Lunatic asylums Madras 1892-1911 - 1892-1911
Year: 1892
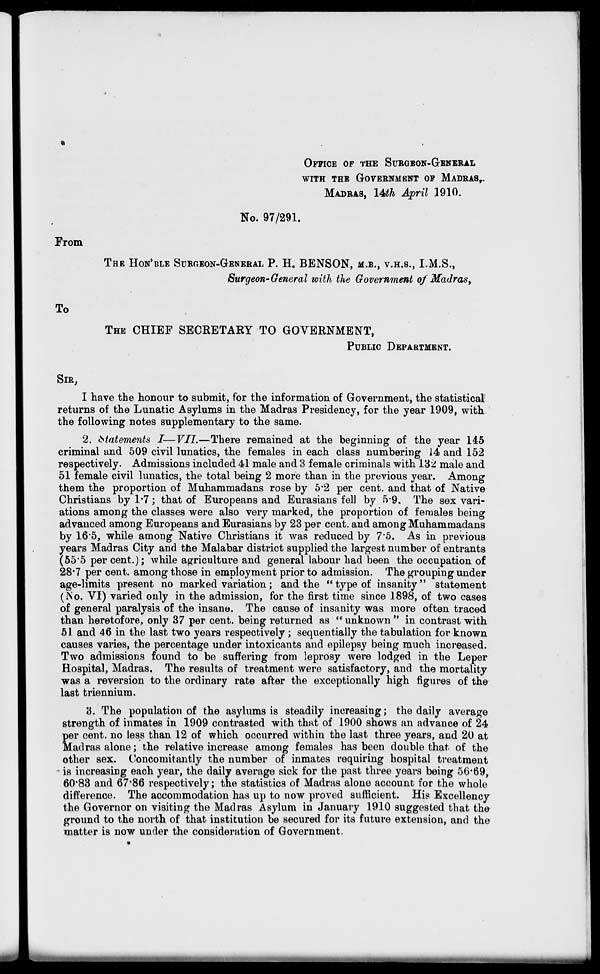
OFFICE OF THE SURGEON-GENERAL
WITH THE GOVERNMENT OF MADRAS,.
MADRAS, 14th April 1910,
From
No. 97/291.
THE HON'BLE SURGEON-GENERAL P. H. BENSON, M.B., V.H.S., I.M.S.,
Surgeon-General with the Government of Madras,
To
THE CHIEF SECRETAEY TO GOVERNMENT,
PUBLIC DEPARTMENT.
SIR,
I have the honour to submit, for the information of Government, the statistical
returns of the Lunatic Asylums in the Madras Presidency, for the year 1909, with
the following notes supplementary to the same.
2. statements I—VII—There remained at the beginning of the year 145
criminal and 509 civil lunatics, the females in each class numbering 14 and 152
respectively. Admissions included 41 male and 3 female criminals with 132 male and
51 female civil lunatics, the total being 2 more than in the previous year. Among
them the proportion of Muhammadans rose by 5*2 per cent, and that of Native
Christians by 1*7 ; that of Europeans and Eurasians fell by 5*9. The sex vari-
ations among the classes were also very marked, the proportion of females being
advanced among Europeans and Eurasians by 23 per cent, and among Muhammadans
by 16'5, while among Native Christians it was reduced by 7 5. As in previous
years Madras City and the Malabar district supplied the largest number of entrants
(55"5 per cent.); while agriculture and general labour had been the occupation of
28*7 per cent, among those in employment prior to admission. The grouping under
age-limits present no marked variation; and the " type of insanity " statement
(No. VI) varied only in the admission, for the first time since 1898, of two cases
of general paralysis of the insane. The cause of insanity was more often traced
than heretofore, only 37 per cent, being returned as " unknown " in contrast with
51 and 46 in the last two years respectively ; sequentially the tabulation for known
causes varies, the percentage under intoxicants and epilepsy being much increased.
Two admissions found to be suffering from leprosy were lodged in the Leper
Hospital, Madras, The results of treatment were satisfactory, and the mortality
was a reversion to the ordinary rate after the exceptionally high figures of the
last triennium.
3. The population of the asylums is steadily increasing; the daily average
strength of inmates in 1909 contrasted with that of 1900 shows an advance of 24
per cent, no less than 12 of which occurred within the last three years, and 20 at
Madras alone; the relative increase among females has been double that of the
other sex. Concomitantly the number of inmates requiring hospital treatment
is increasing each year, the daily average sick for the past three years being 56*69,
60*83 and 67*86 respectively; the statistics of Madras alone account for the whole
difference. The accommodation has up to now proved sufficient. His Excellency
the Governor on visiting the Madras Asylum in January 1910 suggested that the
ground to the north of that institution be secured for its future extension, and the
matter is now under the consideration of Government.